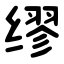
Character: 缪